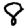
Digit: 8